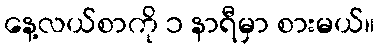
နေ့လယ်စာကို ၁ နာရီမှာ စားမယ်။